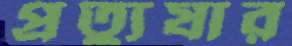
প্রত্যুষার